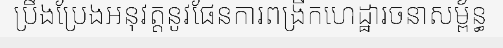
ប្រឹងប្រែងអនុវត្តនូវផែនការពង្រីកហេដ្ឋារចនាសម្ព័ន្ធ